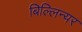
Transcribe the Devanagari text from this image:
बिल्लिन्यर